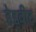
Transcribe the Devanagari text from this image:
डेड्बीट